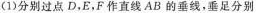
(1)分别过点D，E，F作直线AB的垂线，垂足分别